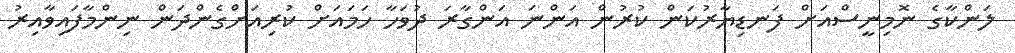
ލަންކާގެ ނޮމިނީސްއަށް ފަނޑިޔާރުކަން ކުރުން އަންނަ އަންގާރަ ދުވަހާ ހަމައަށް ކުރިއަށްގެންދަން ނިންމާފައިވާއިރު